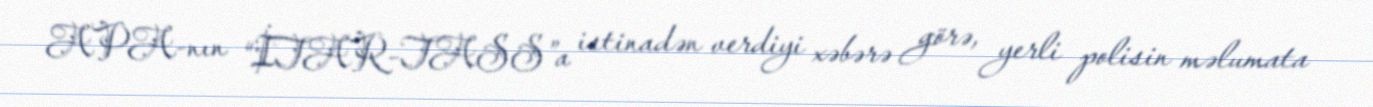
APA-nın “İTAR-TASS”a istinadən verdiyi xəbərə görə, yerli polisin məlumata